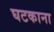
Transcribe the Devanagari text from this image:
घटकाना